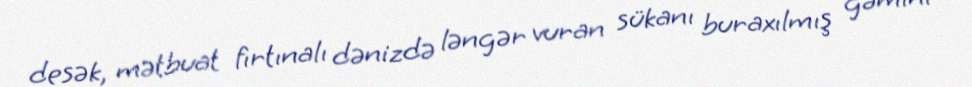
desək, mətbuat fırtınalı dənizdə ləngər vuran sükanı buraxılmış gəmini